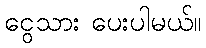
ငွေသား ပေးပါမယ်။